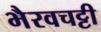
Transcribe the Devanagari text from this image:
भैरवचट्टी